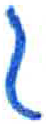
אות: ג